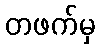
တဖက်မှ